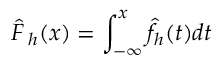
{ \hat { F \, } } _ { h } ( x ) = \int _ { - \infty } ^ { x } { \hat { f } } _ { h } ( t ) d t